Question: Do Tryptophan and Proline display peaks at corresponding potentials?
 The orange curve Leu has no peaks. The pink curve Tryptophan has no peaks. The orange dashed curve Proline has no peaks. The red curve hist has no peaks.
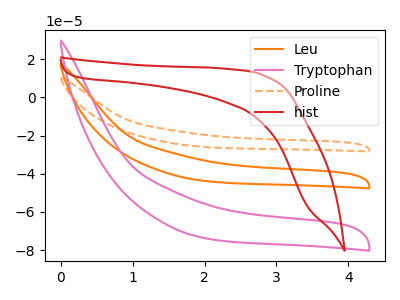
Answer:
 <answer>Niether CV has any peaks.</answer>
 <eval>blanks</eval>